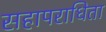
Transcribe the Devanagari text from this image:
सहापराधिता